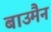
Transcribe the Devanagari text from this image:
बाउमैन